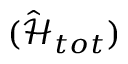
( \hat { \mathcal { H } } _ { t o t } )